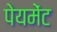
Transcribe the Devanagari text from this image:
पेयमेंट